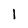
Character: 1